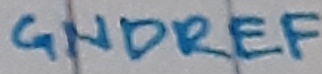
Text: GNDREF